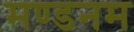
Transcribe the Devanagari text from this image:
मण्‍डनम